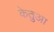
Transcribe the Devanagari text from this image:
केतुआ